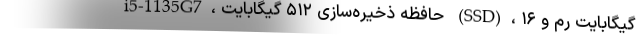
i5-1135G7، حافظه ذخیره‌سازی ۵۱۲ گیگابایت (SSD)، ۱۶ گیگابایت رم و